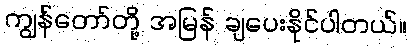
ကျွန်တော်တို့ အမြန် ချပေးနိုင်ပါတယ်။